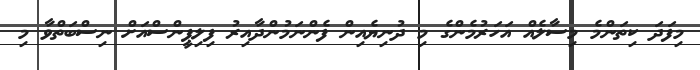
މިފަދަ ކިތަންމެ މިސާލެއް އަހަރުމެންގެ މި ދުނިޔެއިން ފެންނަމުންދާއިރު ފިލިޕީންސްއަށް ނިސްބަތްވާ މި